Indian journal of veterinary science and animal husbandry - Volumes 15-17, 1948-1951
Year: 1948
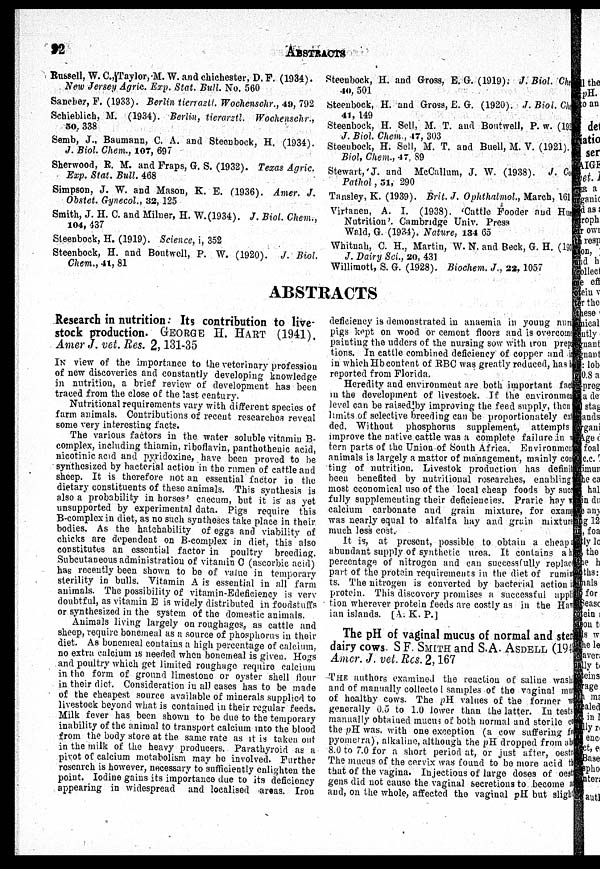
92
ABSTRACTS
Russell, W. C., Taylor,M. W. and chichester, D. F. (1934).
New Jersey Agric. Exp. Stat. Bull. No. 560
Sanchez, F. (1933). Berlin tierraztl. Wochenschr., 49, 792
Schieblich, M. (1934). Berlin, tierarzstl. Wochenschr.,
50, 338
Semb, J., Bauniann, C. A. and Steenbock, H. (1934).
J. Biol. Chem., 107, 697
Sherwood, R. M. and Fraps, G. S. (1932). Texas Agric.
Exp. Stat. Bull. 468
Simpson, J. W. and Mason, K. E. (1936). Amer. J.
Obstet. Gynecol., 32, 125
Smith, J. H. C. and Milner, H. W.(1934). J. Biol. Chem.,
104, 437
Steenbock, H. (1919). Science, i, 352
Steenbock, H. and Boutwell, P. W. (1920). J. Biol.
Chem., 41, 81
Steenbock, H. and Gross, E.G. (1919): J.Biol. Chem.,
40, 501
Steenbock, H. and Grosa, E. G. (1920). J .Biol. Chem.,
41, 149
Steenbock, H. Sell, M. T. and Boutwell, P. w. (192
J. Biol. Chem., 47, 303
Steenbock, H. Sell, M. T. and Buell, M. V. (1921).
Biol, Chem., 47, 89
Stewart, J. and McCallum, J. W. (1938). J. Co
Pathol, 51, 290
Tansley, K. (1939). Brit. J. Ophthalmol., March, 161
Virtanen, A. I. (1938). 'Cattle Fooder and Hue
Nutrition'. Cambridge Univ. Press
Wald, G. (1934). Nature, 134 65
Whitnah, C. H., Martin, W. N. and Beck, G. H. (193
J. Dairy Sci., 20, 431
Willimott, S. G. (1928). Biochem. J., 22, 1057
ABSTRACTS
Research in nutrition: Its contribution to live-
stock production. GEORGE H. HART (1941).
Amer J. vet. Res. 2, 131-35
IN view of the importance to the veterinary profession
of new discoveries and constantly developing knowledge
in nutrition, a brief review of development has been
traced from the close of the last century.
Nutritional requirements vary with different species of
farm animals. Contributions of recent researches reveal
some very interesting facts.
The various factors in the water soluble vitamin B-
complex, including thiamin, riboflavin, panthothenic acid,
nicotinic acid and pyridoxine, have been proved to be
synthesized by bacterial action in the rumen of cattle and
sheep. It is therefore not an essential factor in the
dietary constituents of these animals. This synthesis is
also a probability in horses' caecum, but it is as yet
unsupported by experimental data. Pigs require this
B-complex in diet, as no such syntheses take place in their
bodies. As the hatchability of eggs and viability of
chicks are dependent on B-complex in diet, this also
constitutes an essential factor in poultry breeding.
Subcutaneous administration of vitamin C (ascorbic acid)
has recently been shown to be of value in temporary
sterility in bulls. Vitamin A is essential in all farm
animals. The possibility of vitamin-Edeficieney is very
doubtful, as vitamin E is widely distributed in foodstuffs
or synthesized in the system of the domestic animals.
Animals living largely on roughages, as cattle and
sheep, require bonemeal as a source of phosphorus in their
diet. As bonemeal contains a high percentage of calcium,
no extra calcium is needed when bonemeal is given. Hogs
and poultry which get limited roughage require calcium
in the form of ground limestone or oyster shell flour
in their diet. Consideration in all cases has to be made
of the cheapest source available of minerals supplied to
livestock beyond what is contained in their regular feeds.
Milk fever has been shown to be due to the temporary
inability of the animal to transport calcium into the blood
from the body store at the same rate as it is taken out
in the milk of the heavy producers. Parathyroid as a
pivot of calcium metabolism may be involved. Further
research is however, necessary to sufficiently enlighten the
point. Iodine gains its importance due to its deficiency
appearing in widespread and localised areas. Iron
deficiency is demonstrated in anaemia in young nurs
pigs kept on wood or cement floors and is overcome
painting the udders of the nursing sow with iron prep
tions. In cattle combined deficiency of copper and
in which Hb content of BBC was greatly reduced, has h
reported from Florida.
Heredity and environment are both important fact
in the development of livestock. If the environment
level can be raised by improving the feed supply, then
limits of selective breeding can be proportionately ext
ded. Without phosphorus supplement, attempts
improve the native cattle was a complete failure in
tern parts of the Union of South Africa. Environment
animals is largely a matter of management, mainly con
ting of nutrition. Livestok production has definit
been benefited by nutritional rosearches, enabling
most economical use of the local cheap foods by success
fully supplementing their deficiencies. Prarie hay w
calcium carbonate and grain mixture, for example
was nearly equal to alfalfa hay and grain mixture
much less cost.
It is, at present, possible to obtain a cheap a
abundant supply of synthetic urea. It contains a h
percentage of nitrogen and can successfully replact
part of the protein requirements in the diet of rumin
ts. The nitrogen is converted by bacterial action
protein. This discovery promises a successful appli
tion wherever protein feeds are costly as in the Haw
ian islands. [A. K. P.]
The pH of vaginal mucus of normal and sten
dairy cows. S F. SMITH and S.A. ASDELL(1941
Amer. J. vet. Res. 2, 167
THE authors examined the reaction of saline washi
and of manually collecte I samples of the vaginal mu
of healthy cows. The pH values of the former we
generally 0.5 to 1.0 lower than the latter. In tests
manually obtained mucus of both normal and sterile co
the pH was. with one exception (a cow suffering f
pyometra), alkaline, although the pH dropped from abo
8.0 to 7.0 for a short period at, or just after, oestri
The mucus of the cervix was found to be more acid the
that of the vagina. In jectious of large doses of oesti
gens did not cause the vaginal secretions to become a
and, on the whole, affected the vaginal pH but slight